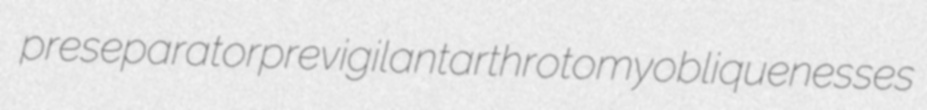
preseparator previgilant arthrotomy obliquenesses